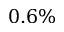
0 . 6 \%